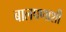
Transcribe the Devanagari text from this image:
बालपणाशी